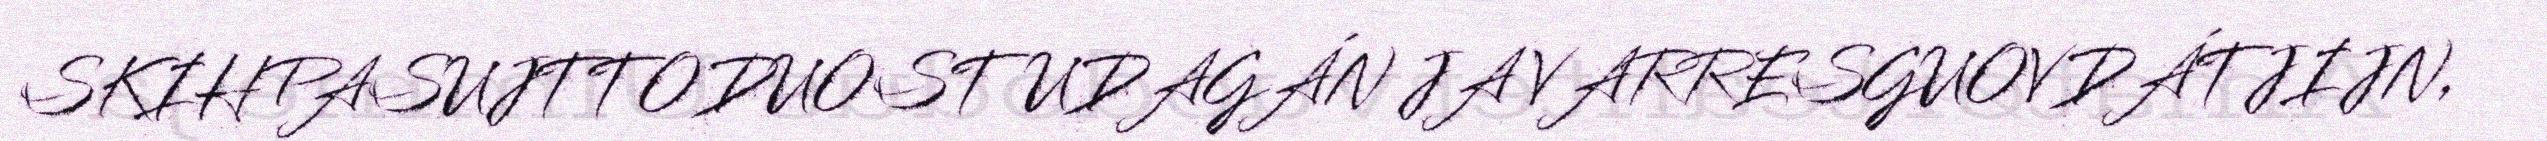
SKIHPASUJTTODUOSTUDAGÁN JA VARRESGUOVDÁTJIJN,